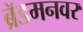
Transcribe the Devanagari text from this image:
ब्रॅडमनवर